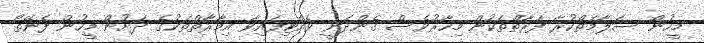
މީހުން ސަލާމަތްކުރާ ފަރާތްތަކުން މިހާރުވެސް ގެންދަނީ ވެއްޓިފައިވާ އިމާރާތްތަކުގެ ދަށުން މީހުން ފެނޭތޯ